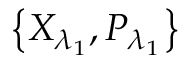
\left\{ { { X } _ { { \lambda } _ { 1 } } } , { { P } _ { { \lambda } _ { 1 } } } \right\}